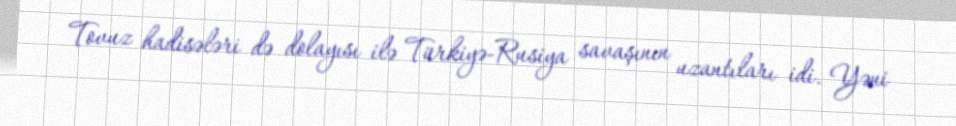
Tovuz hadisələri də dolayısı ilə Türkiyə-Rusiya savaşının uzantıları idi. Yəni